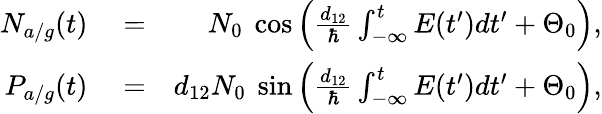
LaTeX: \begin{array}{rlr}{N_{a/g}(t)}&{{}=}&{N_{0}\ \cos\Big(\frac{d_{12}}{\hbar}\int_{-\infty}^{t}E(t^{\prime})dt^{\prime}+\Theta_{0}\Big),}\\ {P_{a/g}(t)}&{{}=}&{d_{12}N_{0}\ \sin\Big(\frac{d_{12}}{\hbar}\int_{-\infty}^{t}E(t^{\prime})dt^{\prime}+\Theta_{0}\Big),}\end{array}